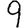
Digit: 9